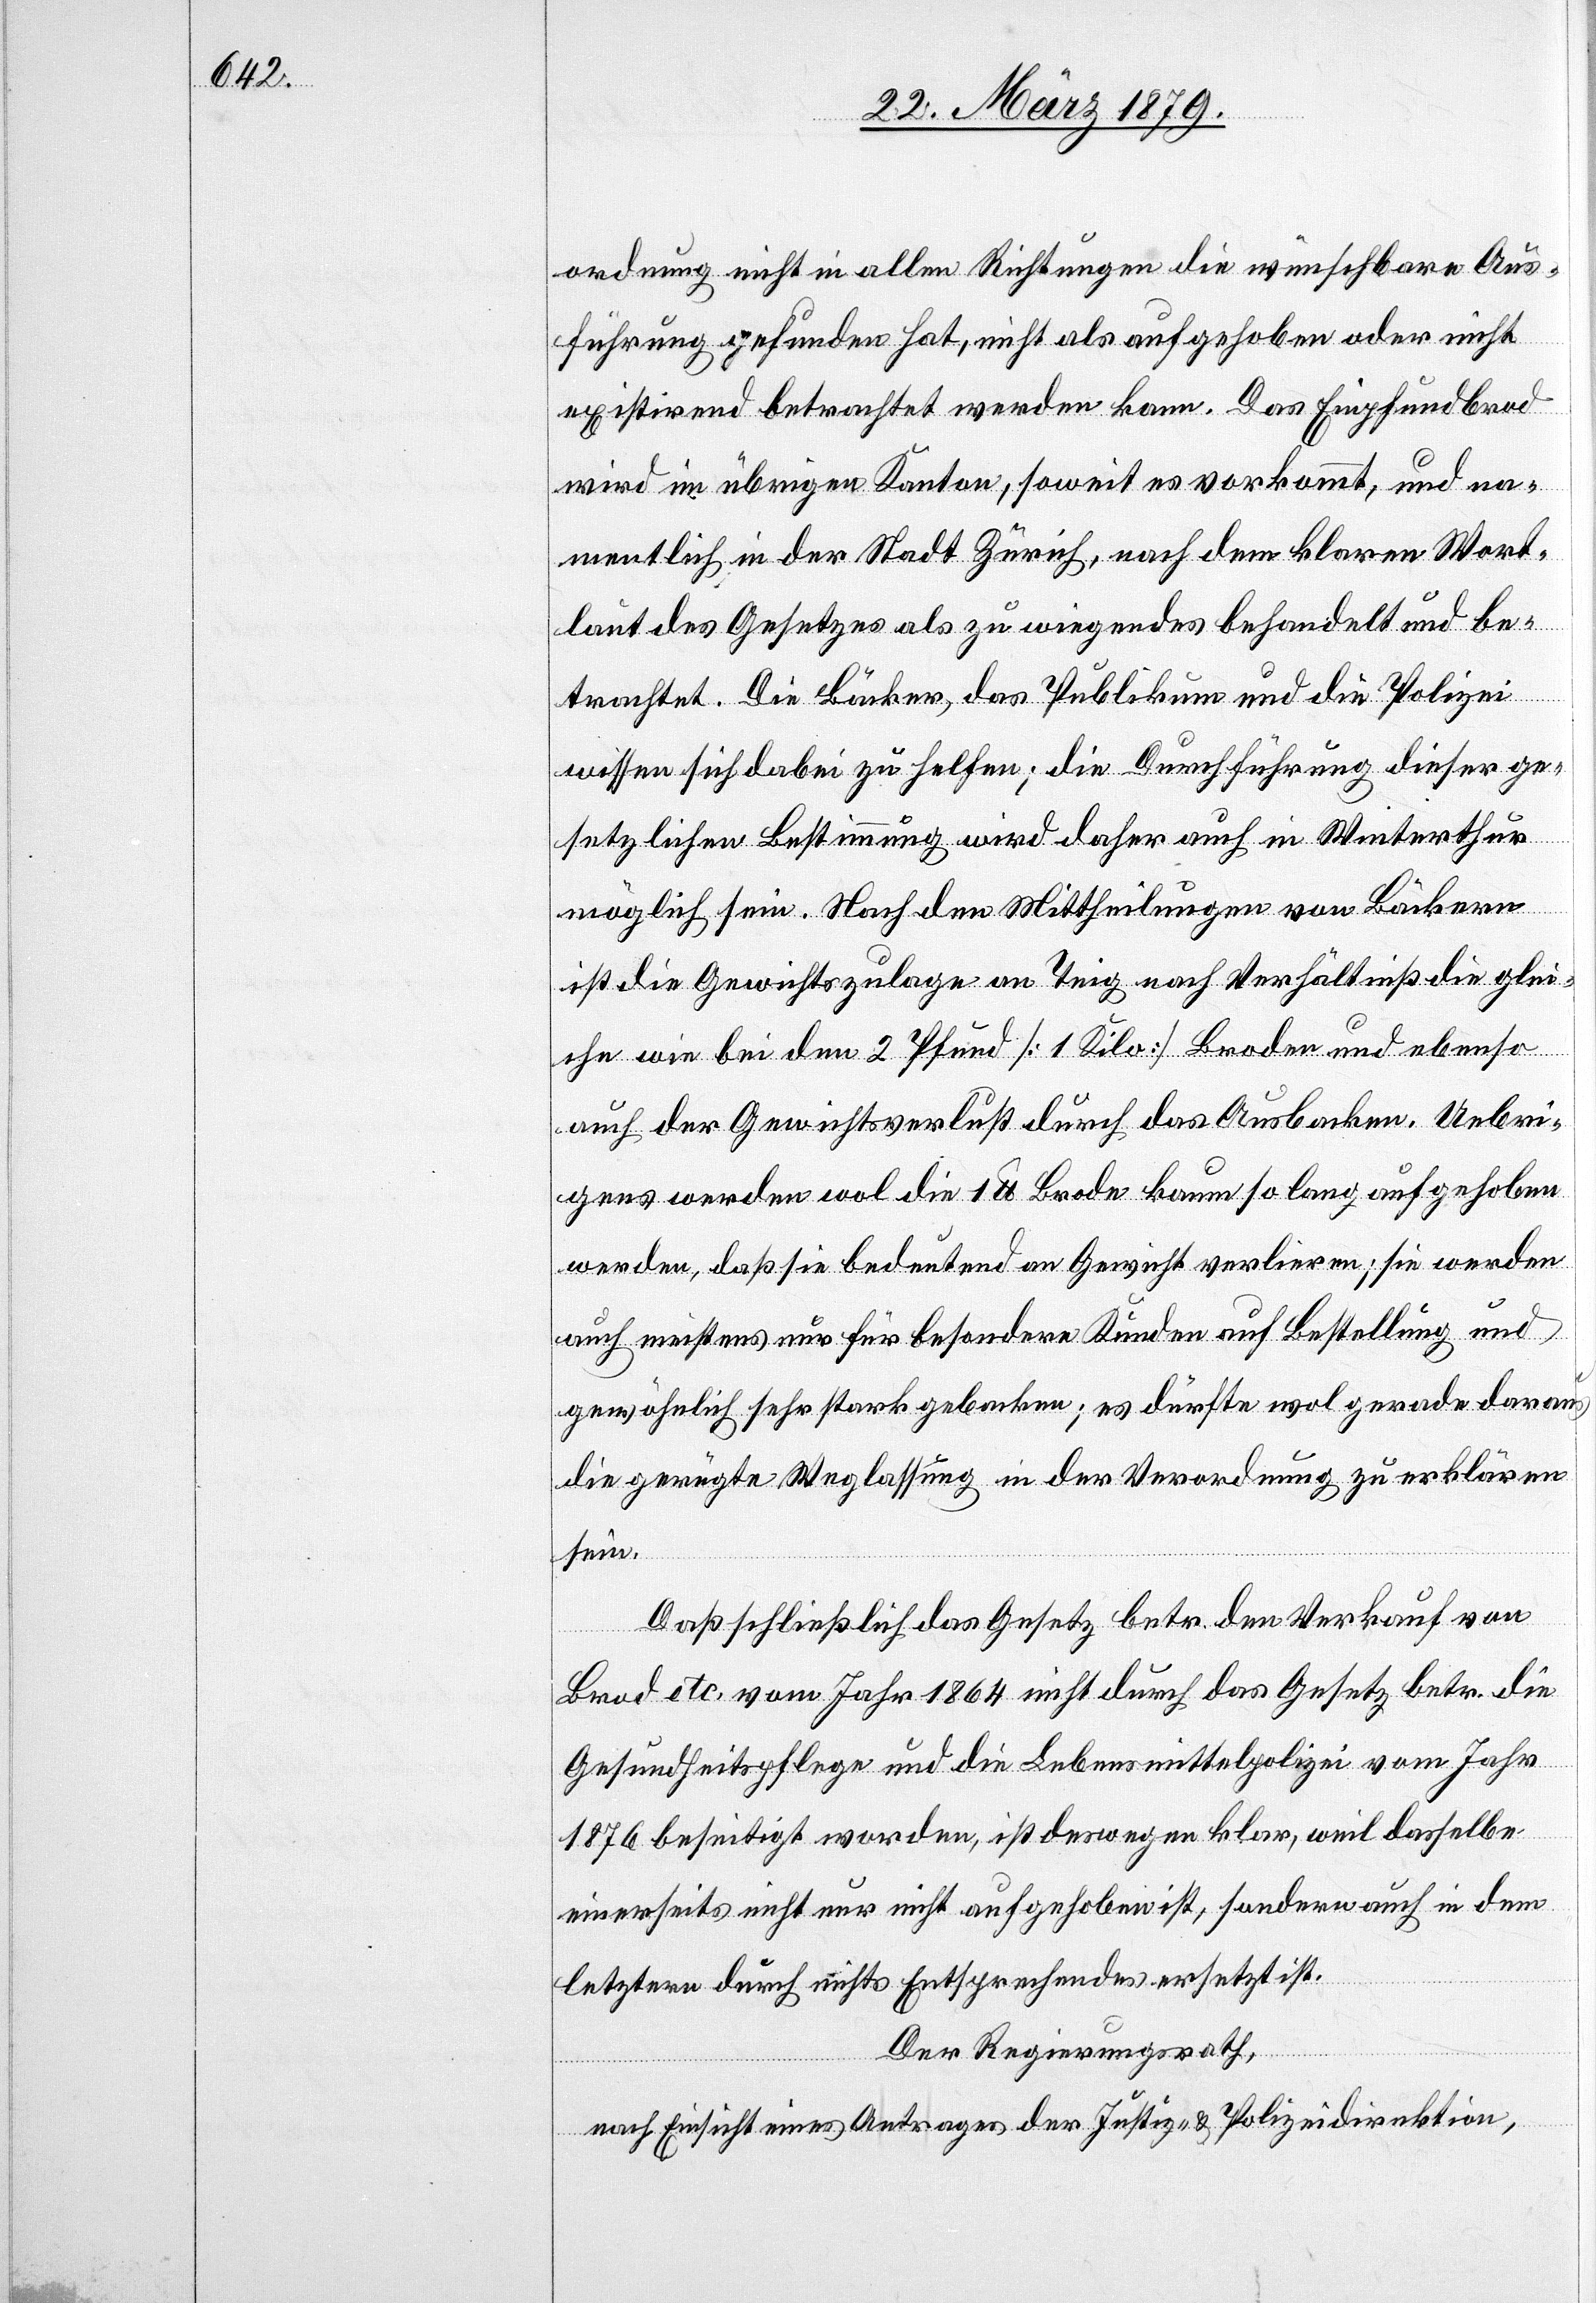
ordnung nicht in allen möglichen Richtungen die wünschbare Aus¬
führung gefunden hat, nicht als aufgehoben oder nicht
existirend betrachtet werden kann. Das Einpfundbrod
wird im übrigen Kanton, soweit es vorkommt, und na¬
mentlich in der Stadt Zürich, nach dem klaren Wort¬
laut des Gesetzes als zu wiegendes behandelt und be¬
trachtet. Die Bäcker, das Publikum und die Polizei
wissen sich dabei zu helfen; die Durchführung dieser ge¬
setzlichen Bestimmung wird daher auch in Winterthur
möglich sein. Nach den Mittheilungen von Bäckern
ist die Gewichtszulage an Teig nach Verhältniß die glei¬
che wie bei den 2 Pfund [1 Kilo] Broden und ebenso
auch der Gewichtsverlust durch das Ausbacken. Uebri¬
gens werden wohl die 1 lb Brode kaum so lang aufgehoben
werden, daß sie bedeutend an Gewicht verlieren; sie werden
auch meistens nur für besondere Kunden auf Bestellung und
gewöhnlich sehr stark gebacken; es dürfte wol gerade daraus
die gerügte Weglassung in der Verordnung zu erklären
sein.
Daß schließlich das Gesetz betr. den Verkauf von
Brod etc. vom Jahr 1864 nicht durch das Gesetz betr. die
Gesundheitspflege und die Lebensmittelpolizei vom Jahr
1876 beseitigt worden, ist deswegen klar, weil dasselbe
einerseits nicht nur nicht aufgehoben ist, sondern auch in dem
letztern durch nichts Entsprechendes ersetzt ist.
Der Regierungsrath,
nach Einsicht eines Antrages der Justiz- & Polizeidirektion,